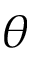
\theta